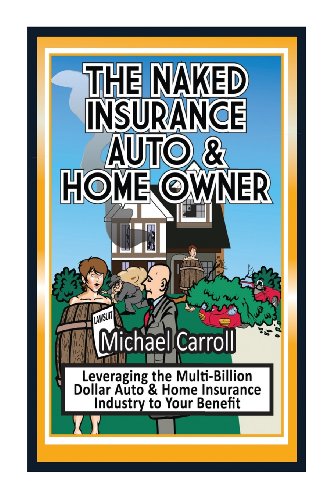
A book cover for The Naked Insurance Auto & Home Owner; Michael Carroll; Engineering & Transportation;